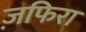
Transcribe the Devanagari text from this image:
ज़फिरा